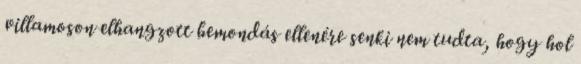
villamoson elhangzott bemondás ellenére senki nem tudta, hogy hol